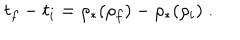
t _ { f } - t _ { i } = \rho _ { * } ( \rho _ { f } ) - \rho _ { * } ( \rho _ { i } ) \; .